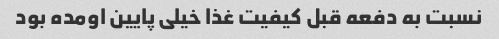
نسبت به دفعه قبل کیفیت غذا خیلی پایین اومده بود